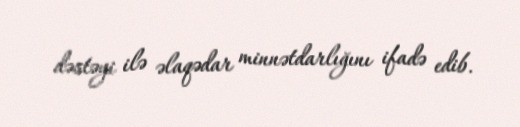
dəstəyi ilə əlaqədar minnətdarlığını ifadə edib.